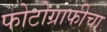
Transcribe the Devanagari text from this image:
फोटोग्राफीचा